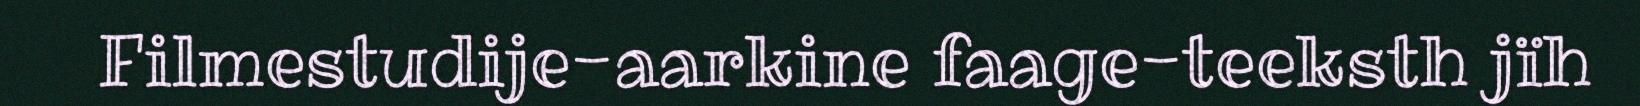
Filmestudije-aarkine faage-teeksth jïh